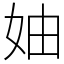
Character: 妯